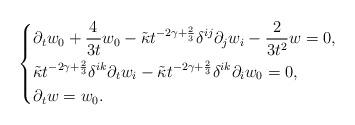
LaTeX: \begin{align*}\left\{\begin{aligned}&\partial_{t}w_0+\frac{4}{3t} w_{0}-\tilde{\kappa}t^{-2\gamma+\frac{2}{3}}\delta^{ij}\partial_{j}w_{i}-\frac{2}{3 t^2} w=0,\\&\tilde{\kappa}t^{-2\gamma+\frac{2}{3}}\delta^{ik}\partial_{t}w_{i}-\tilde{\kappa}t^{-2\gamma+\frac{2}{3}}\delta^{ik}\partial_{i}w_{0}=0,\\&\partial_{t}w=w_0.\end{aligned}\right.\end{align*}